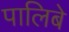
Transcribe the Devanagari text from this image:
पालिबे